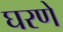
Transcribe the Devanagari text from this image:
घरणे